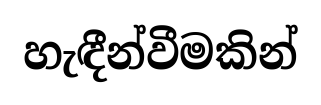
හැඳීන්වීමකින්